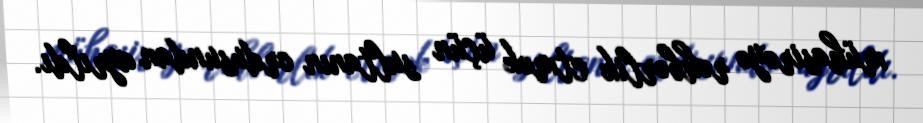
mühasirəyə rəhbərlik etmək üçün sultanın ordusundan ayrıldı.